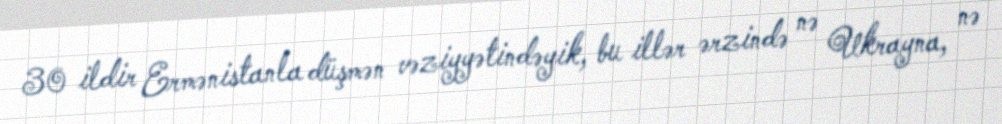
30 ildir Ermənistanla düşmən vəziyyətindəyik, bu illər ərzində nə Ukrayna, nə